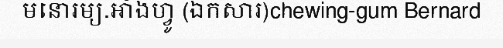
មនោរម្យ.អាំងហ្វូ (ឯកសារ)chewing-gum Bernard